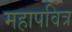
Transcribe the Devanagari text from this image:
महापवित्र